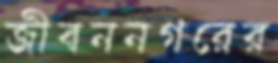
জীবননগরের